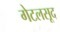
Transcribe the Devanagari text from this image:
गेटलसूद